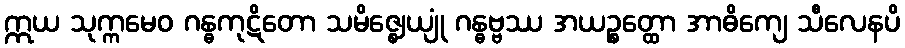
ဣယ သုက္ကမေဝ ဂန္ဓကုဋိတော သမိဇ္ဈေယျုံ ဂန္ဓဗ္ဗဿ အယဉ္စတ္ထော အာဓိကျေ သီလေနပိ